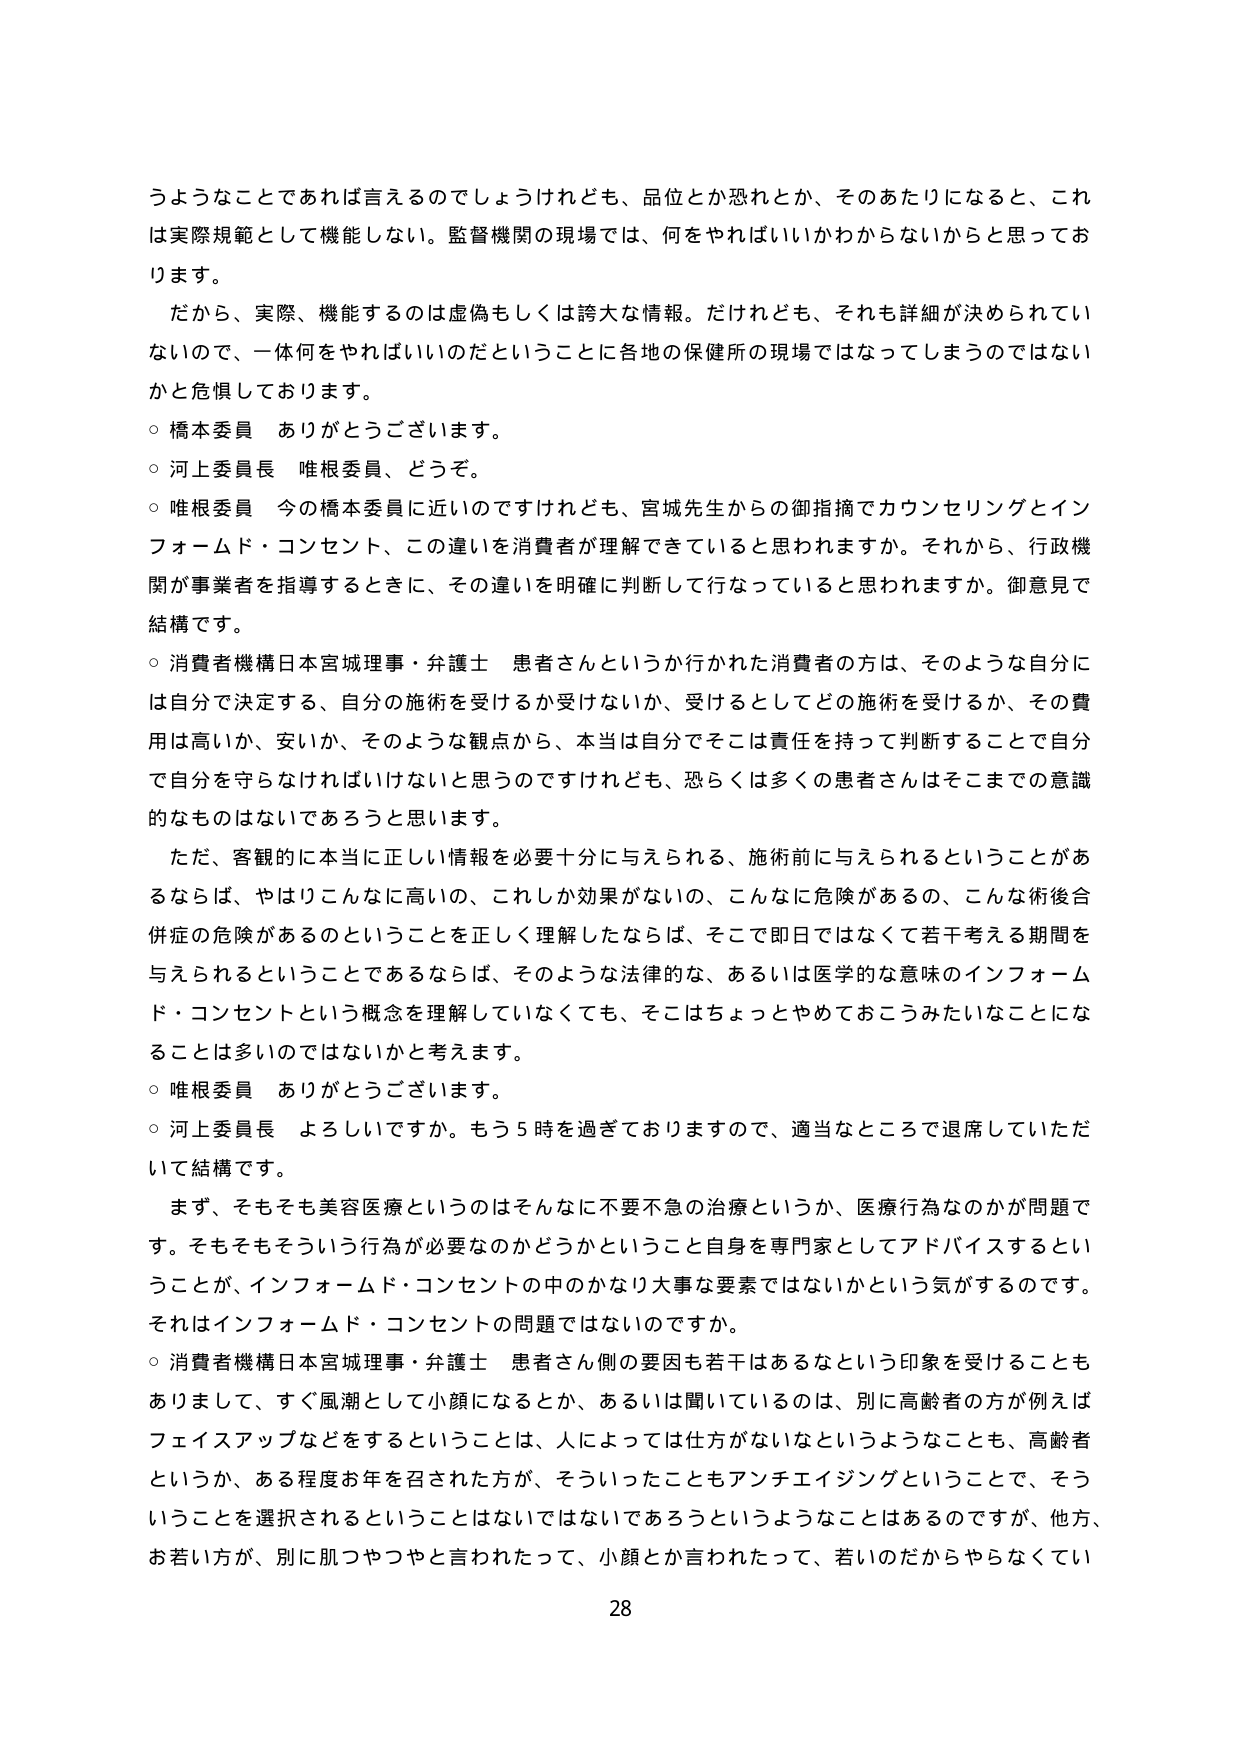
うようなことであれば言えるのでしょうけれども、品位とか恐れとか、そのあたりになると、これは実際規範として機能しない。監督機関の現場では、何をやればいいかわからないからと思っております。

だから、実際、機能するのは虚偽もしくは誇大な情報。だけれども、それも詳細が決められていないので、一体何をやればいいのだということに各地の保健所の現場ではなってしまうのではないかと危惧しております。

○ 橋本委員 ありがとうございます。

○ 河上委員長 唯根委員、どうぞ。

○ 唯根委員 今の橋本委員に近いのですけれども、宮城先生からの御指摘でカウンセリングとインフォームド・コンセント、この違いを消費者が理解できていると思われますか。それから、行政機関が事業者を指導するときに、その違いを明確に判断して行なっていると思われますか。御意見で結構です。

○ 消費者機構日本宮城理事・弁護士 患者さんというか行かれた消費者の方は、そのような自分には自分で決定する、自分の施術を受けか受けないか、受けるとしてどの施術を受けるか、その費用は高いか、安いか、そのような観点から、本当は自分でそこは責任を持って判断することで自分で自分を守らなければいけないと思うのですけれども、恐らくは多くの患者さんはそこまでの意識的なものはないであろうと思います。

ただ、客観的に本当に正しい情報を必要十分に与えられる、施術前に与えられるということがあるならば、やはりこんなに高いの、これしか効果がないの、こんなに危険があるの、こんな術後合併症の危険があるのということを正しく理解したならば、そこで即日ではなくて若干考える期間を与えられるということであるならば、そのような法律的な、あるいは医学的な意味のインフォームド・コンセントという概念を理解していなくても、そこはちょっとやめておこうみたいなことになることは多いのではないかと考えます。

○ 唯根委員 ありがとうございます。

○ 河上委員長 よろしいですか。もう5時を過ぎておりますので、適当なところで退席していただいて結構です。

まず、そもそも美容医療というのはそんなに不要不急の治療というか、医療行為なのかが問題です。そもそもそういう行為が必要なのかどうかということ自身を専門家としてアドバイスするということが、インフォームド・コンセントの中のかなり大事な要素ではないかという気がするのです。それはインフォームド・コンセントの問題ではないのですか。

○ 消費者機構日本宮城理事・弁護士 患者さん側の要因も若干はあるなという印象を受けることもありますし、すぐ風潮として小顔になるとか、あるいは聞いているのは、別に高齢者の方が例えばフェイスアップなどをすることとは、人によっては仕方がないなというようなことも、高齢者というか、ある程度お年を召された方が、そういったこともアンチエイジングということで、そういうことを選択されるということはないではないであろうというようなことはあるのですが、他方、お若い方が、別に肌つやつやと言われたって、小顔とか言われたって、若いのだからやらなくていい

28